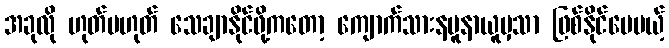
အခုလို ဟုတ်မဟုတ် သေချာနိုင်ဖို့ကတော့ ကျောက်သားနမူနာယူမှသာ ဖြစ်နိုင်ပေမယ့်